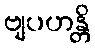
ဗျပဟန္တိ